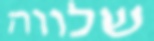
שלווה